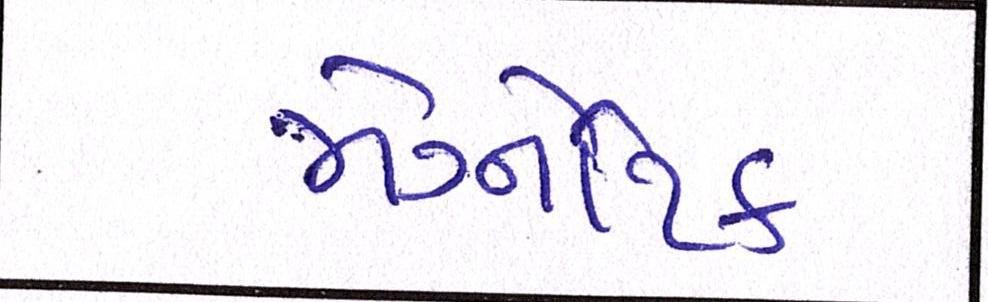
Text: મેગ્નેટિક